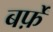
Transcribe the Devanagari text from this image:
बर्फ़ें